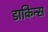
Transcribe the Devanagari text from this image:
डाकिन्स